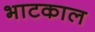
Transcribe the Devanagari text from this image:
भाटकाल